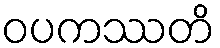
ဝပကဿတိ